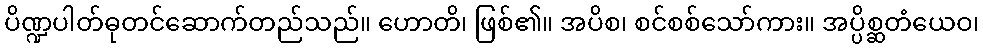
ပိဏ္ဍပါတ်ဓုတင်ဆောက်တည်သည်။ ဟောတိ၊ ဖြစ်၏။ အပိစ၊ စင်စစ်သော်ကား။ အပ္ပိစ္ဆတံယေဝ၊